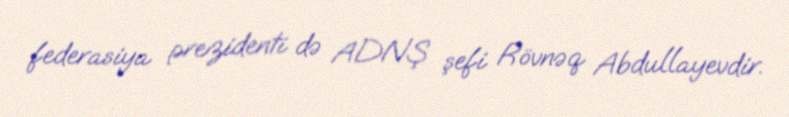
federasiya prezidenti də ADNŞ şefi Rövnəq Abdullayevdir.